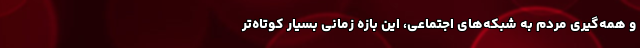
و همه‌گیری مردم به شبکه‌های اجتماعی، این بازه زمانی بسیار کوتاه‌تر